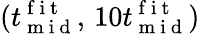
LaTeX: (t_{\mathrm{~m~i~d~}}^{\mathrm{~f~i~t~}},\, 10t_{\mathrm{~m~i~d~}}^{\mathrm{~f~i~t~}})